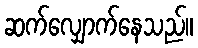
ဆက်လျှောက်နေသည်။